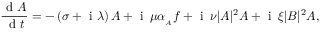
\frac { \mathrm { ~ d ~ } A } { \mathrm { ~ d ~ } t } = - \left( \sigma + \mathrm { ~ i ~ } \lambda \right) A + \mathrm { ~ i ~ } \, \mu \alpha _ { _ A } f + \mathrm { ~ i ~ } \, \nu | A | ^ { 2 } A + \mathrm { ~ i ~ } \, \xi | B | ^ { 2 } A ,